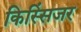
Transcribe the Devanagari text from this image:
किस्सिंजर